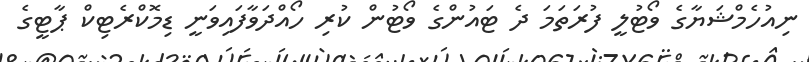
ނިއުހެމްޝަޔާގެ ވޯޓުލީ ފުރަތަމަ ދެ ޓައުންގެ ވޯޓުން ކުރި ހޯއްދަވާފައިވަނީ ޑިމޮކްރެޓިކް ޕާޓީގެ